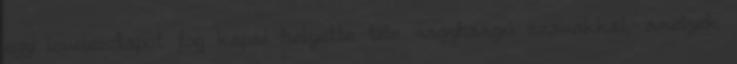
egy levelezőlapot fog kapni helyette tele nagyhangú szavakkal, amelyek